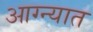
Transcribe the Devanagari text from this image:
आग्न्यात